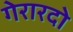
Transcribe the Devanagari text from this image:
गेरारदो